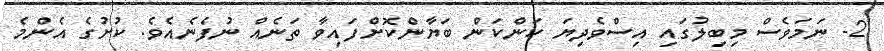
2- ނަމަވެސް މިބިލުގައި އިސްވެދިޔަ ކަންކަން ބަޔާންކޮށްފައިވާ ތަނެއް ނުފެނެއެވެ. ކުށުގެ އެންމެ